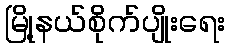
မြို့နယ်စိုက်ပျိုးရေး